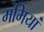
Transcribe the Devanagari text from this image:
ममियां